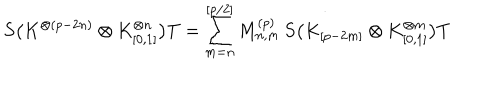
S \bigl ( K ^ { \otimes ( p - 2 n ) } \otimes K _ { [ 0 , 1 ] } ^ { \otimes n } \bigr ) T = \sum _ { m = n } ^ { [ p / 2 ] } M _ { n , m } ^ { ( p ) } \, S \bigl ( K _ { [ p - 2 m ] } \otimes K _ { [ 0 , 1 ] } ^ { \otimes m } \bigr ) T